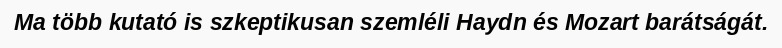
Ma több kutató is szkeptikusan szemléli Haydn és Mozart barátságát.